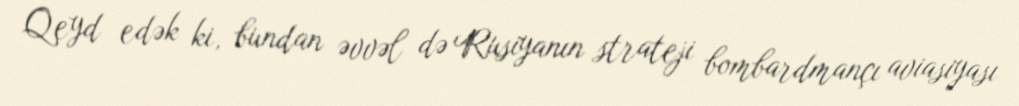
Qeyd edək ki, bundan əvvəl də Rusiyanın strateji bombardmançı aviasiyası